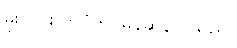
မိုးလင်းလာပုံက မြန်ဆန်လှသည်။